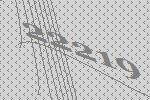
22219